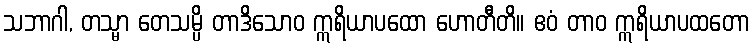
သဘာဂါ, တသ္မာ တေသမ္ပိ တာဒိသောဝ ဣရိယာပထော ဟောတီတိ။ ဧဝံ တာဝ ဣရိယာပထတော